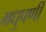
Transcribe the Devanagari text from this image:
मधुपर्णी